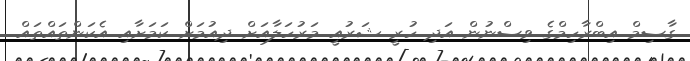
ގާސިމް އިބްރާހިމްގެ ވިސްނުން އަދި ހުރީ ޝަރުއީ މަރުހަލާއަށް ދިއުމަށް ކަމަށާއި އެކަންތައްތައް